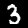
Digit: 3